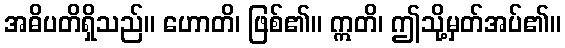
အဓိပတိရှိသည်။ ဟောတိ၊ ဖြစ်၏။ ဣတိ၊ ဤသို့မှတ်အပ်၏။